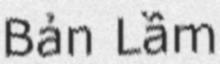
Bản Lầm